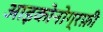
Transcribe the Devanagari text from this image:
आइकोनोग्रफ़ी